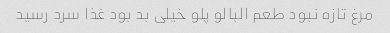
مرغ تازه نبود طعم البالو پلو خیلی بد بود غذا سرد رسید